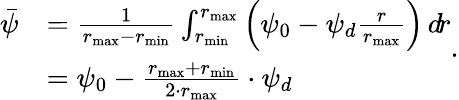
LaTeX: \begin{array}{rl}{\bar{\psi}}&{=\frac{1}{r_{\mathrm{max}}-r_{\mathrm{min}}}\int_{r_{\mathrm{min}}}^{r_{\mathrm{max}}}\left(\psi_{0}-\psi_{d}\frac{r}{r_{\mathrm{max}}}\right)\, d\! r}\\ &{=\psi_{0}-\frac{r_{\mathrm{max}}+r_{\mathrm{min}}}{2\cdot r_{\mathrm{max}}}\cdot\psi_{d}}\end{array}\mathrm{.}